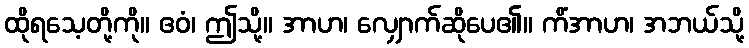
ထိုရသေ့တို့ကို။ ဧဝံ၊ ဤသို့။ အာဟ၊ လျှောက်ဆိုပေ၏။ ကိံအာဟ၊ အဘယ်သို့